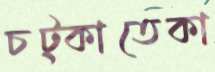
চট্‌কাতেকা